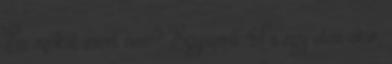
És azokat miért nem? Egyszerű. Ha egy utca akar,